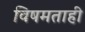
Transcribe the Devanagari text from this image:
विषमताही